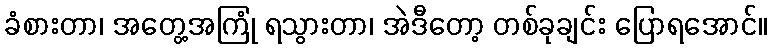
ခံစားတာ၊ အတွေ့အကြုံ ရသွားတာ၊ အဲဒီတော့ တစ်ခုချင်း ပြောရအောင်။